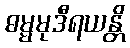
ဓမ္မမုဒီရယန္တိ